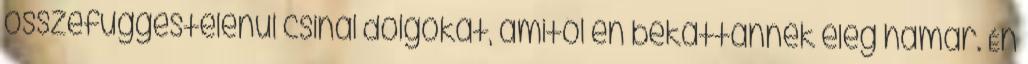
összefüggéstelenül csinál dolgokat, amitől én bekattannék elég hamar. Én